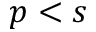
p < s